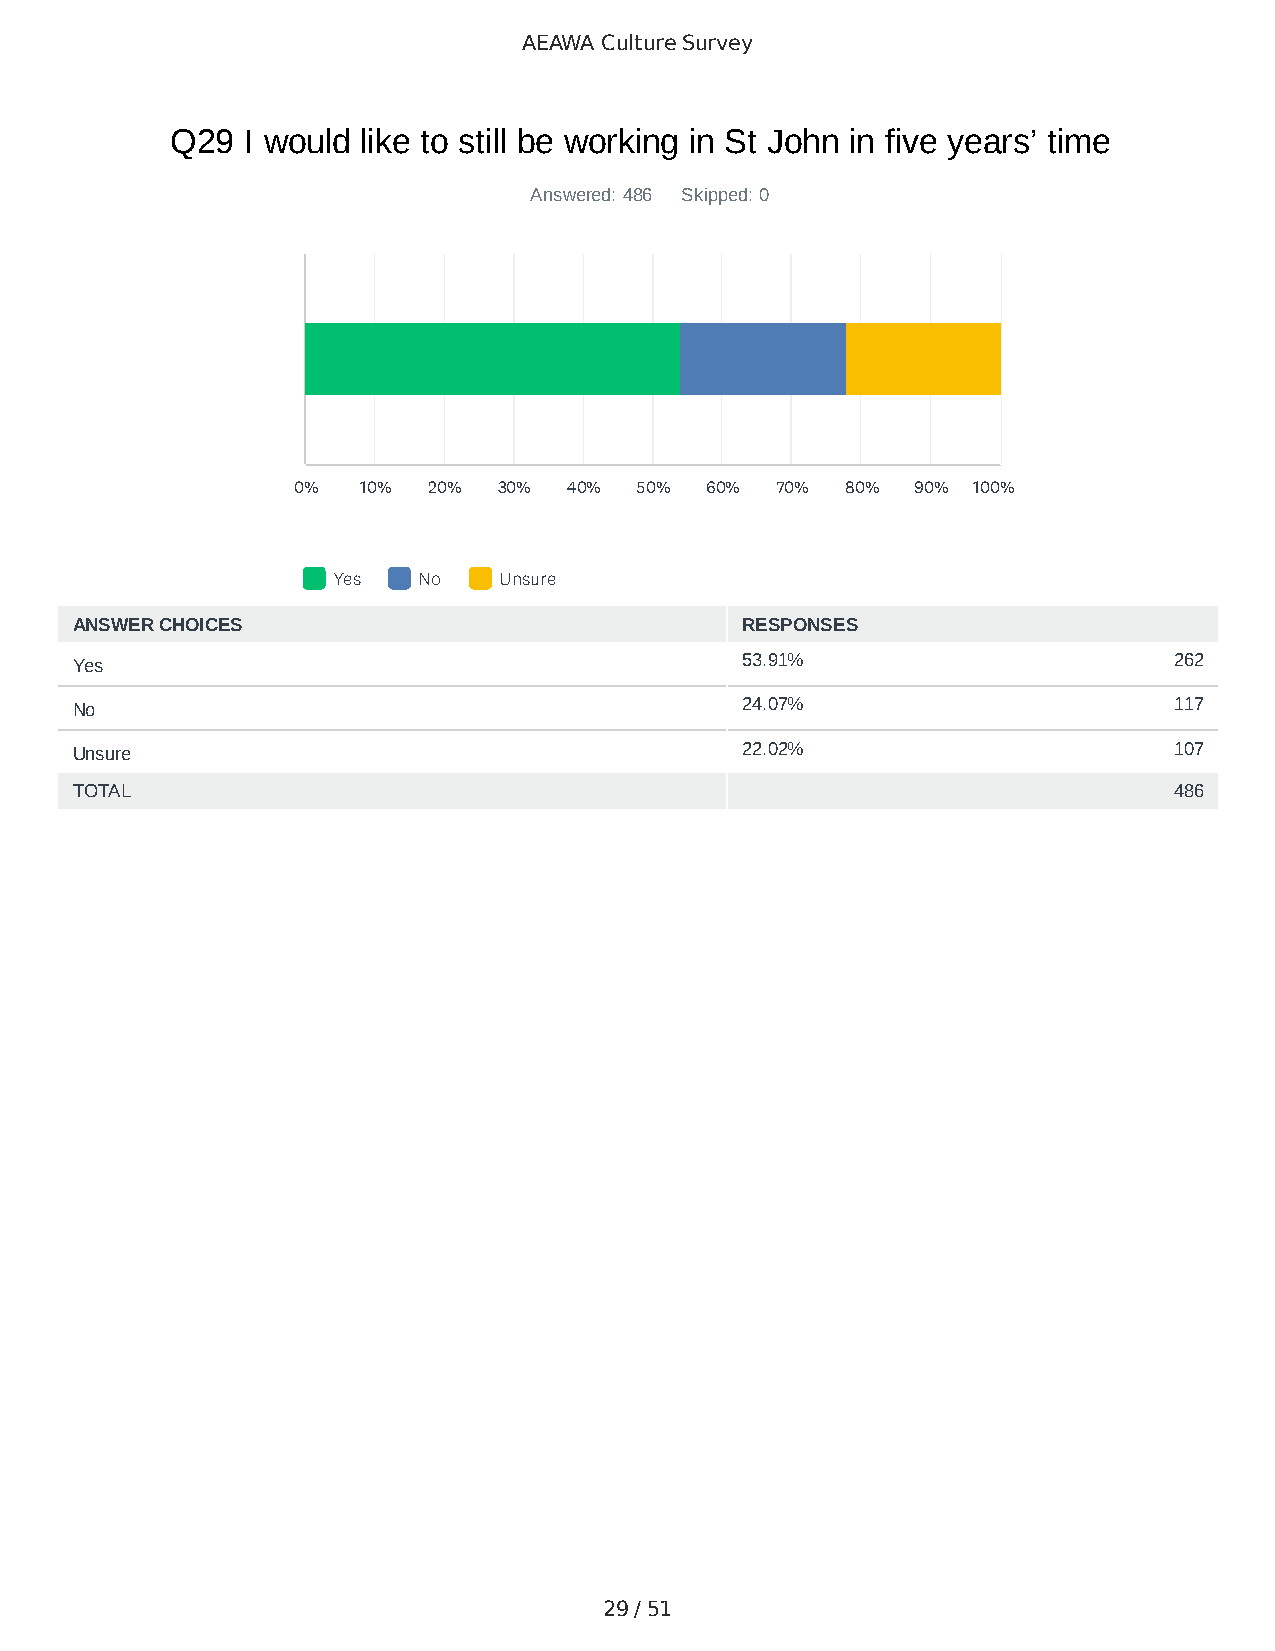
AEAWA Culture Survey
 Q29  I would like to still be working in St John in five years’ time
 Answered: 486 Skipped: 0
 0%   10% 20%  30%  40% 50%  60% 70%  80%  90% 100%
 Yes   No   Unsure
 ANSWER CHOICES                              RESPONSES
 Yes                                         53.91%                       262
 No                                          24.07%                       117
 Unsure                                      22.02%                       107
 TOTAL                                                                    486
 29 / 51